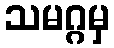
သမဂ္ဂမှ